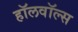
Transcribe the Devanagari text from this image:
हॉलवॉल्स